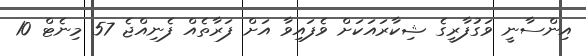
އިންސާނީ ވަގުފާރީގެ ޝިކާރައަކަށް ވެފައިވާ އަށް ފަރާތެއް ފެނިއްޖެ 57 މިނެޓް 10